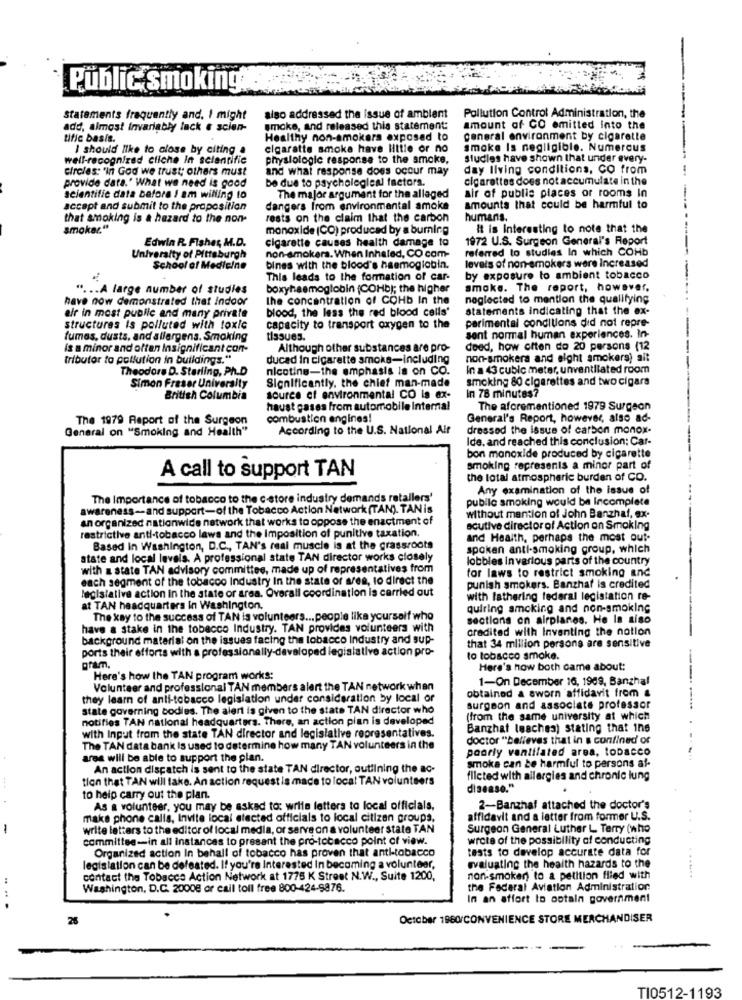
Public smoking
Statements frequently and. I might
also addressed the issue of ambient
Pollution Control Administration, the
add, almost Invariably lack e scien-
smoke, and released this statement:
amount of CO emitted into the
tific basis.
Healthy non-smokers exposed to
general environment by cigarette
I should like to close by citing .
cigarette smoke have little or no
smoke Is negligible. Numerous
well-recognized cliche in scientific
physiologic response to the smoke,
studies have shown that under every-
circles: 'in God we trust; others must
and what response does occur may
day living conditions, CO from
provide data.' What we need is good
be due to psycholeglen factors.
cigarettes does not accumulate in the
air of public places or rooms In
scientific data before i am willing to
The major argument for the alleged
accept and submit to the proposition
dangers from environmental amoke
amounts that could be harmful to
that smoking is a hazard to the non-
rests on the claim that the carbon
humans.
smoker."
monoxide (CO) produced by a burning
It is Interesting to note that the
Edwin R. Fisher, M.D.
cigarette causes health damage to
1972 U.S. Surgeon General's Report
referred to studies In which COHb
University of Pittsburgh
non-smokers. When Inhaled, CO com-
School of Medicine
bines with the blood's haemoglobin.
levels of non-smokers were Increased
This leads to the formation of car-
by exposure to ambient tobacco
". .. A large number of studies
boxyhaemoglobin (COHb); the higher
smoke. The report, however,
have now demonstrated that indoor
the concentration of COHb In the
neglected to mention the qualifying
blood, the less the red blood cells'
statements indicating that the ex-
air in most public and many private
parimental conditions did not repre-
structures Is polluted with toxic
capacity to transport oxygen to the
fumes, dusts, and allergens. Smoking
tissues.
sont normal human experiences. In-
is a minor and often Insignificant con-
Although other substances are pro-
doed, how often do 20 persons (12
tributor to pollution in buildings."
ducad in cigarette smoke-including
non-smokers and eight amckers) alt
Theodore D. Starling, Ph.D
nicotine-the emphasis is on CO.
In a 43 cubic meter, unventilated room
Significantly, the chief man-made
smoking 80 cigarettes and two cigars
Simon Fraser University
In 78 minutes?
British Columbia
source of environmental CO is ex-
haust gases from automobile Internal
The aforementioned 1979 Surgeon
The 1979 Report of the Surgeon
combustion engines!
General's Report, however, also ad-
General on "Smoking and Health"
According to the U.S. National Air
dressed the issue of carbon monox-
Ide, and reached this conclusion; Car-
bon monoxide produced by cigarette
smoking represents a minor part of
A call to support TAN
the lotal atmospheric burden of CO.
Any examination of the issue of
The Importance of tobacco to the c-store industry demands retailers'
public smoking would be Incomplete
awareness -- and support-of the Tobacco Action Network (TAN). TAN is
an organized nationwide network that works to oppose the enactment of
without mantion of John Banzhaf, ex-
acutive director of Action an Smoking
restrictive anti-tobacco laws and the Imposition of punitive taxation.
and Health, perhaps the most out-
Based In Washington, D.C ., TAN's real muscle is at the grassroots
spoken anti-smoking group, which
state and local levels. A professional state TAN director works closely
lobbles in various parts of the country
with a state TAN advisory committee, made up of representatives from
for laws to restrict smoking and
each segment of the tobacco Industry In the state of area, to direct the
legislative action in the state or area. Overall coordination is carried out
punish smokers. Banzhaf is credited
with lathering federal legislation re-
at TAN headquarters in Washington.
quiring smoking and non-smoking
The kay to the success of TAN is volunteers ... people like yourself who
sections on airplanes. He la siso
have a stake in the tobacco Industry. TAN provides volunteers with
credited with Inventing the notion
background material on the issues facing the tobacco Industry and sup-
ports their efforts with a professionally-developed legislative action pro-
that 34 million persons are sensitive
to tobacco smoke.
gram.
Here's how both came about:
Here's how the TAN program works:
1-On December 16, 1989, Banghal
Volunteer and professional TAN members alert the TAN network when
obtained a sworn affidavit from &
they learn of anti-tobacco legislation under consideration by local or
state governing codies. The alert is given to the state TAN director who
surgeon and associate professor
notifies TAN national headquarters. There, an action plan is developed
(from the same university at which
with Input from the state TAN director and legislative representatives.
Banzhat lesches) stating that ins
doctor "believes that in a confined' or
The TAN data bank Is used to determine how many TAN volunteers in the
poorly ventilated area, tobacco
ares will be able to support the plan.
An action dispatch is sent to the state TAN director, outlining the ac-
smoke can be harmful to persons af-
tion that TAN will take. An action request is made to local TAN volunteers
filcted with allergies and chronic lung
disease."
to help carry out the plan.
As a volunteer, you may be asked to: write letters to local officials,
2-Banzhal attached the doctor's
make phone calls, Invite local elected officials to local citizen groups,
affidavit and a letter from former U.S.
-
write letters to the editor of local media, or serve on a volunteer state TAN
Surgeon General Luther L Terry (who
committee-in all instances to present the pro-tobacco point of view.
wrote of the possibility of conducting
Organized action In behall of tobacco has proven that anti-tobacco
tests to develop accurate data for
evaluating the health hazards to the
legislation can be defeated. If you're Interested In becoming a volunteer,
contact the Tobacco Action Network at 1775 K Street N.W ., Suite 1200,
non-smoker) to a petition flied with
... .......
Washington, D.C. 20008 or call toll free 800-424-9876.
the Federal Aviation Administration
In an effort to obtain government
. .
26
October 1960/CONVENIENCE STORE MERCHANDISER
TI0512-1193